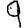
Digit: 9